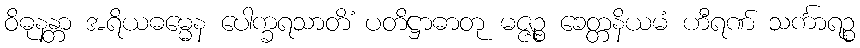
ဝိဓုနန္တာ အရိယဓမ္မေန ပေါက္ခရသာတိံ ပတိဋ္ဌာဓာတု မဇ္ဇဉ္စ ခေတ္တနိယမံ ဟီရဏ် သင်္ကာရဉ္စ